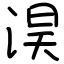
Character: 淏